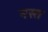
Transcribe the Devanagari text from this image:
नस्त